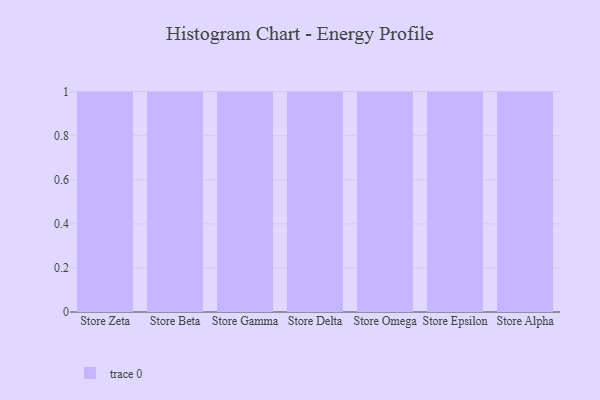
{"axis": {"x": "Store", "y": "Production Output"}, "legend": [""], "data": [{"x": "Store Zeta", "y": 30, "type": ""}, {"x": "Store Beta", "y": 78, "type": ""}, {"x": "Store Gamma", "y": 21, "type": ""}, {"x": "Store Delta", "y": 29, "type": ""}, {"x": "Store Omega", "y": 65, "type": ""}, {"x": "Store Epsilon", "y": 4, "type": ""}, {"x": "Store Alpha", "y": 47, "type": ""}]}